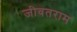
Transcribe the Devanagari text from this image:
जीवतराम